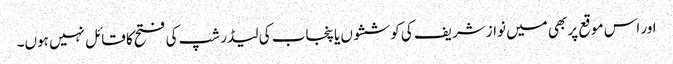
اور اس موقع پر بھی میں نواز شریف کی کوششوں یا پنجاب کی لیڈر شپ کی فتح کا قائل نہیں ہوں۔